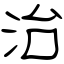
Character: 治